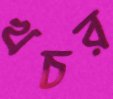
খচর